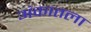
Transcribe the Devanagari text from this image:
अंकातला